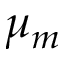
\mu _ { m }